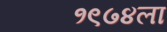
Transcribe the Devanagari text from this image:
१९७४ला